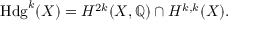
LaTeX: \operatorname { H d g } ^ { k } ( X ) = H ^ { 2 k } ( X , \mathbb { Q } ) \cap H ^ { k , k } ( X ) .